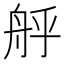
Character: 𮎇